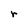
Character: r